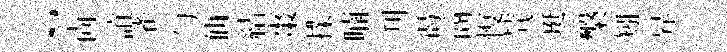
~尙誼雀勻仙結棗擈喃刋谒商愎茕珽槃矧昇